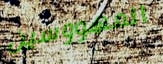
المهووسين